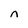
Character: n